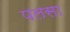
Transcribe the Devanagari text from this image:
पलसा